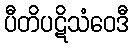
ပီတိပဋိသံဝေဒီ